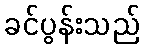
ခင်ပွန်းသည်